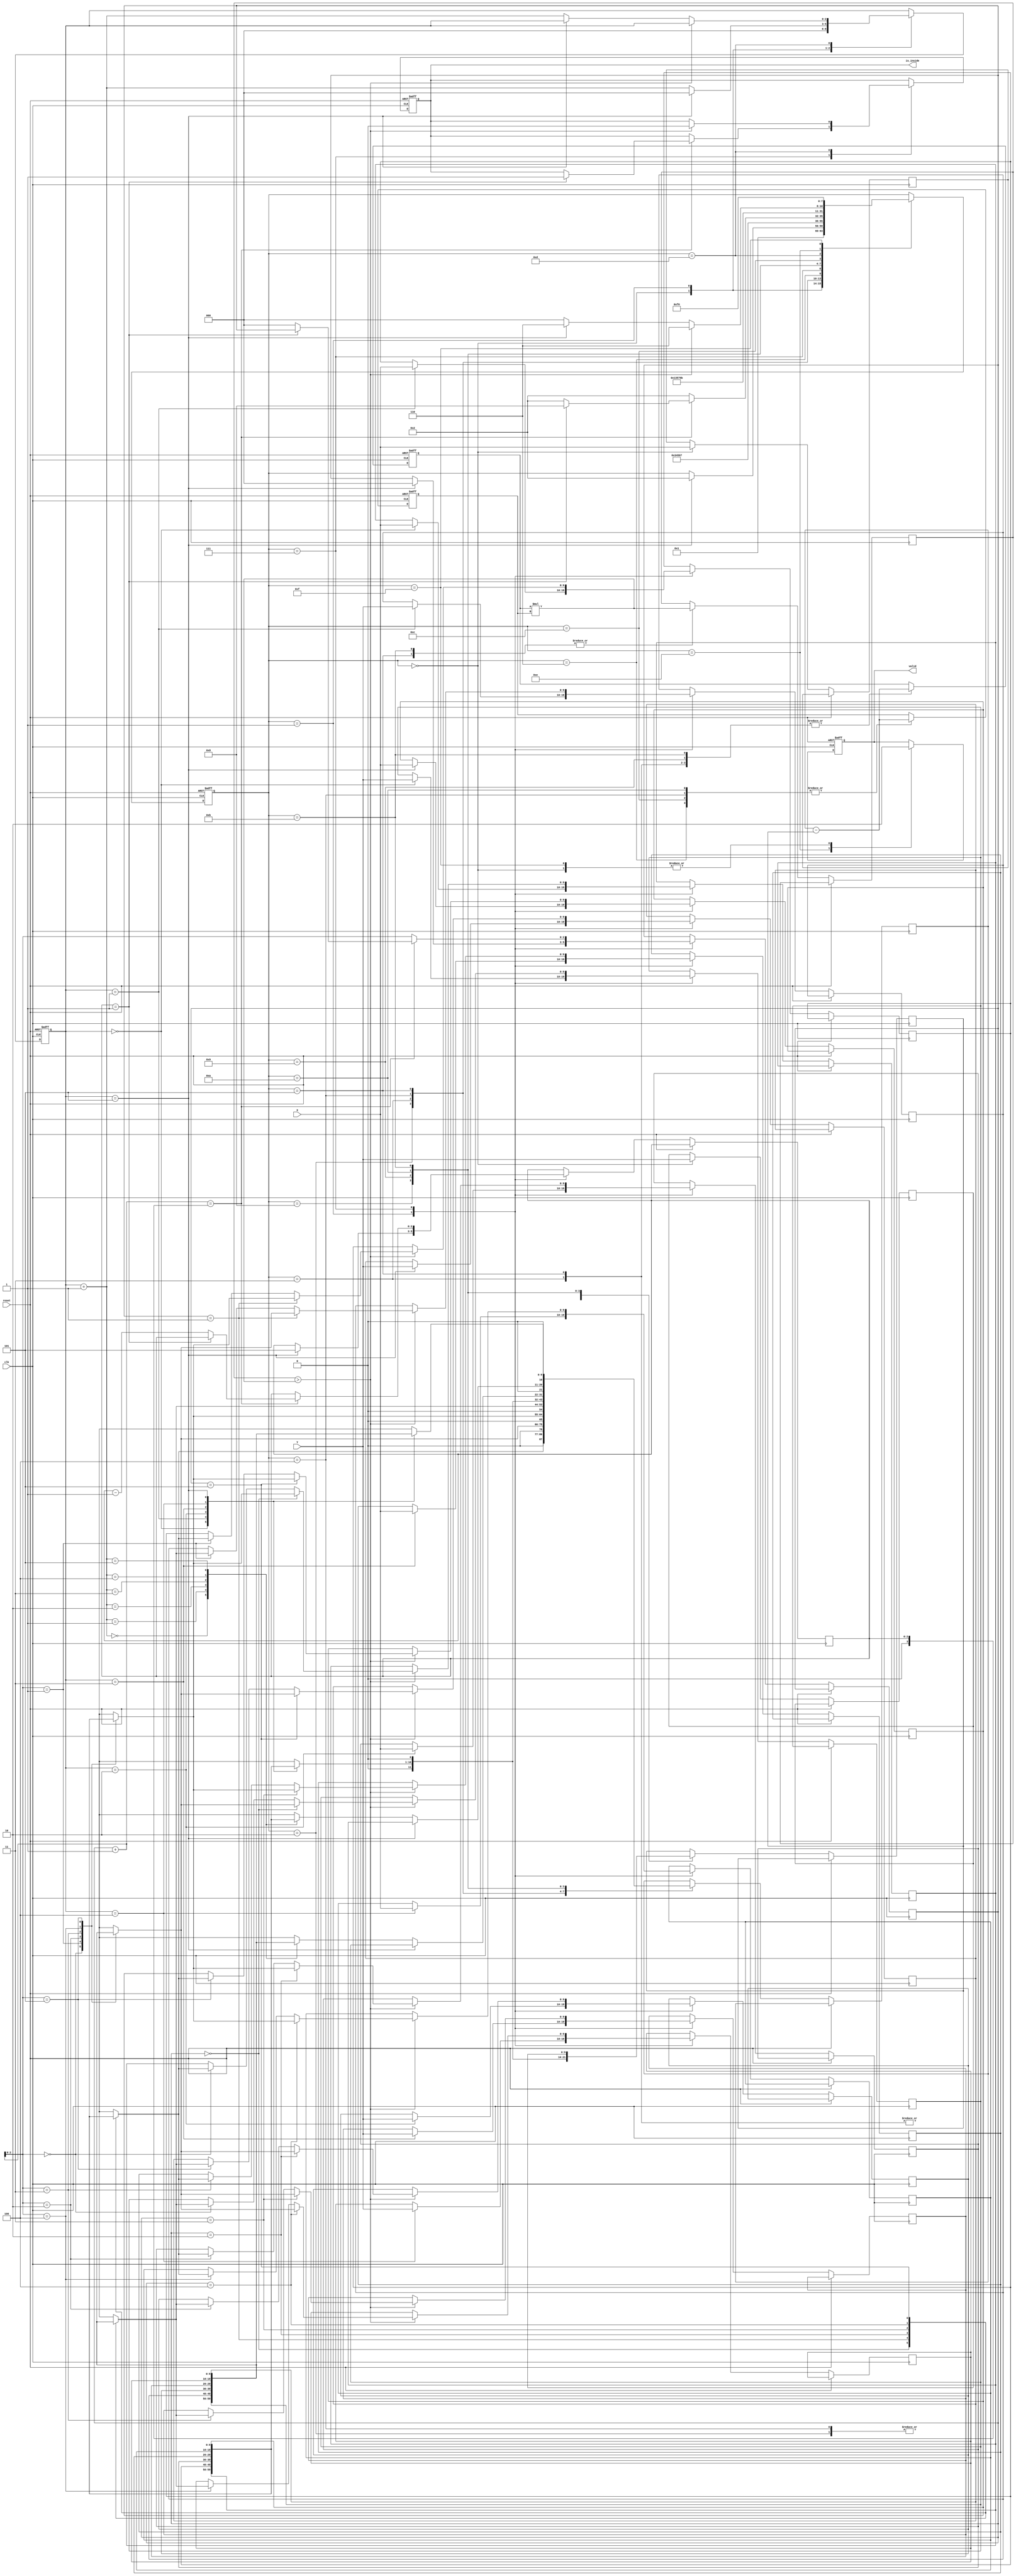
module geofence ( clk,reset,X,Y,valid,is_inside);
input clk;
input reset;
input [9:0] X;
input [9:0] Y;
output reg valid;
output reg is_inside;

reg [2:0] cnt, base, now;
reg [9:0] x [5:0];
reg [9:0] y [5:0];
reg [9:0] xx,yy;
reg [3:0] state;
reg signed [20:0] cross_p;
reg signed [10:0] mul1, mul2, sub1, sub2;

wire signed [20:0] multiply; 
assign multiply = mul1 * mul2;

wire signed [10:0] substract; 
assign substract = sub1 - sub2;

// wire [2:0] base1;
// assign base1 = base + 1;
// wire [2:0] base2;
// assign base2 = base + 2;
// wire [2:0] base3;
// assign base3 = base + 3;

always @(posedge clk or posedge reset) begin
    if(reset) begin
        valid <= 0;
        is_inside <= 0;
        cnt <= 0;
        state <= 0;
		mul1 <= 0;
		mul2 <= 0;
    end
    else begin
        case(state)
            4'd0: begin
				cnt <= 0;
                valid <= 0;
                xx <= X;
                yy <= Y;
                state <= 1;
            end
            4'd1: begin                
                x[cnt] <= X;
                y[cnt] <= Y;                
                if(cnt == 3'd5) begin
                    state <= 2;
                    base <= 5;
                    now <= 0;
                    cnt <= 0;
                end
                else begin
                    cnt <= cnt + 1;
                end
            end
            4'd2: begin
                //x[base] - x[0] //x1
                sub1 <= x[now];
                sub2 <= x[0];
                state <= 3;
            end
            4'd3: begin
                // y[now] - y[0] //y2
                sub1 <= y[now+1];
                sub2 <= y[0];
                mul1 <= substract;
                state <= 4;
            end
            4'd4: begin
                sub1 <= x[now+1];
                sub2 <= x[0];
                mul2 <= substract;
                state <= 5;
            end
            4'd5: begin
                cross_p <= multiply;
                sub1 <= y[now];
                sub2 <= y[0];
                mul1 <= substract;
                state <= 6;
            end
            4'd6: begin
                mul2 <= substract;
                state <= 7;
            end
            4'd7: begin
                if(cross_p > multiply) begin // change order                                      
                    x[now+1] <= x[now];
                    y[now+1] <= y[now];
                    x[now] <= x[now+1];                             
                    y[now] <= y[now+1];                    
                end                  
                if(now + 1 == base) begin                                                
                    if(base == 1) begin
                        state <= 8;
                        is_inside <= 1;
                    end
                    else begin
                        base <= base - 1;
                        now <= 0;
                        state <= 4'd2;
                    end
                end
                else begin
                    now <= now + 1;
                    state <= 4'd2;
                end
            end
            4'd8: begin
                //x[cnt] - xx // x1
                sub1 <= x[cnt];
                sub2 <= xx;
                state <= 9;
            end
            4'd9: begin
                if(cnt == 5)
                    sub1 <= y[0];
                else
                    sub1 <= y[cnt+1];
                sub2 <= y[cnt];
                mul1 <= substract;
                state <= 10;
            end
            4'd10: begin
                if(cnt == 5)
                    sub1 <= x[0];
                else
                    sub1 <= x[cnt+1];
                sub2 <= x[cnt];
                mul2 <= substract;
                state <= 11;
            end
            4'd11: begin
                cross_p <= multiply;
                sub1 <= y[cnt];
                sub2 <= yy;
                mul1 <= substract;
                state <= 12;
            end
            4'd12: begin
                mul2 <= substract;
                state <= 13;
            end
            4'd13: begin
                if(cross_p > multiply) begin
                    is_inside <= 0;
                    state <= 14;
                end
                else begin
                    if(cnt == 5) begin
                        state <= 14;
                    end
                    else begin
                        state <= 4'd8;
                        cnt <= cnt + 1;
                    end
                end                
            end
            4'd14: begin
                valid <= 1;
                state <= 15;
            end
			4'd15: begin
				valid <= 0;
				state <= 4'd0;
			end
        endcase
    end
end

endmodule